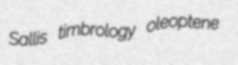
Sallis timbrology oleoptene